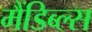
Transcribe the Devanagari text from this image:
मैंडिब्ल्स